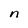
Character: n